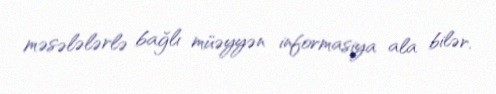
məsələlərlə bağlı müəyyən informasiya ala bilər.